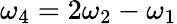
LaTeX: \omega_{4}=2\omega_{2}-\omega_{1}